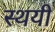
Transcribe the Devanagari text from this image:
स्‍थयी